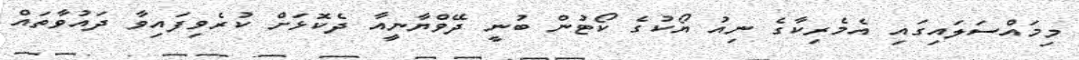
މިމައްސަލައިގައި އެމެރިކާގެ ނިއު ޔޯކުގެ ކޯޓުން ބުނީ ދޭވްޔާނީއާ ދެކޮޅަށް ކުރެވިފައިވާ ދައުވާތައް